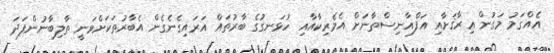
އެއްގަމު މަގުން ޢިރާޤަށާއި އަފްޣާނިސްތާނަށް އެމެެރިކާއާއި ހުޅަނގުގެ ބާރުތައް އަރައިގެނެގެން އެބާރުތަކަށްވަނީ ތާލިބާނުންފަދަ